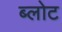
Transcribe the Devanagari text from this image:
ब्लोट